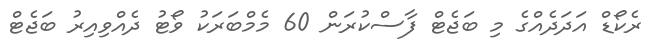
ރެކޯޑް އަދަދެއްގެ މި ބަޖެޓް ފާސްކުރަން 60 މެމްބަރަކު ވޯޓު ދެއްވިއިރު ބަޖެޓް